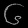
Digit: ၆